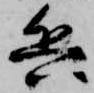
兵